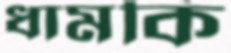
ধামকি